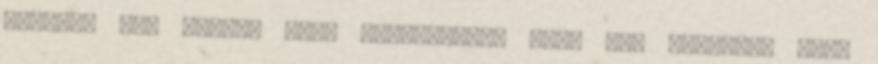
szerint úgy tűnik, hogy Debrecenben elég azt mondani, hogy